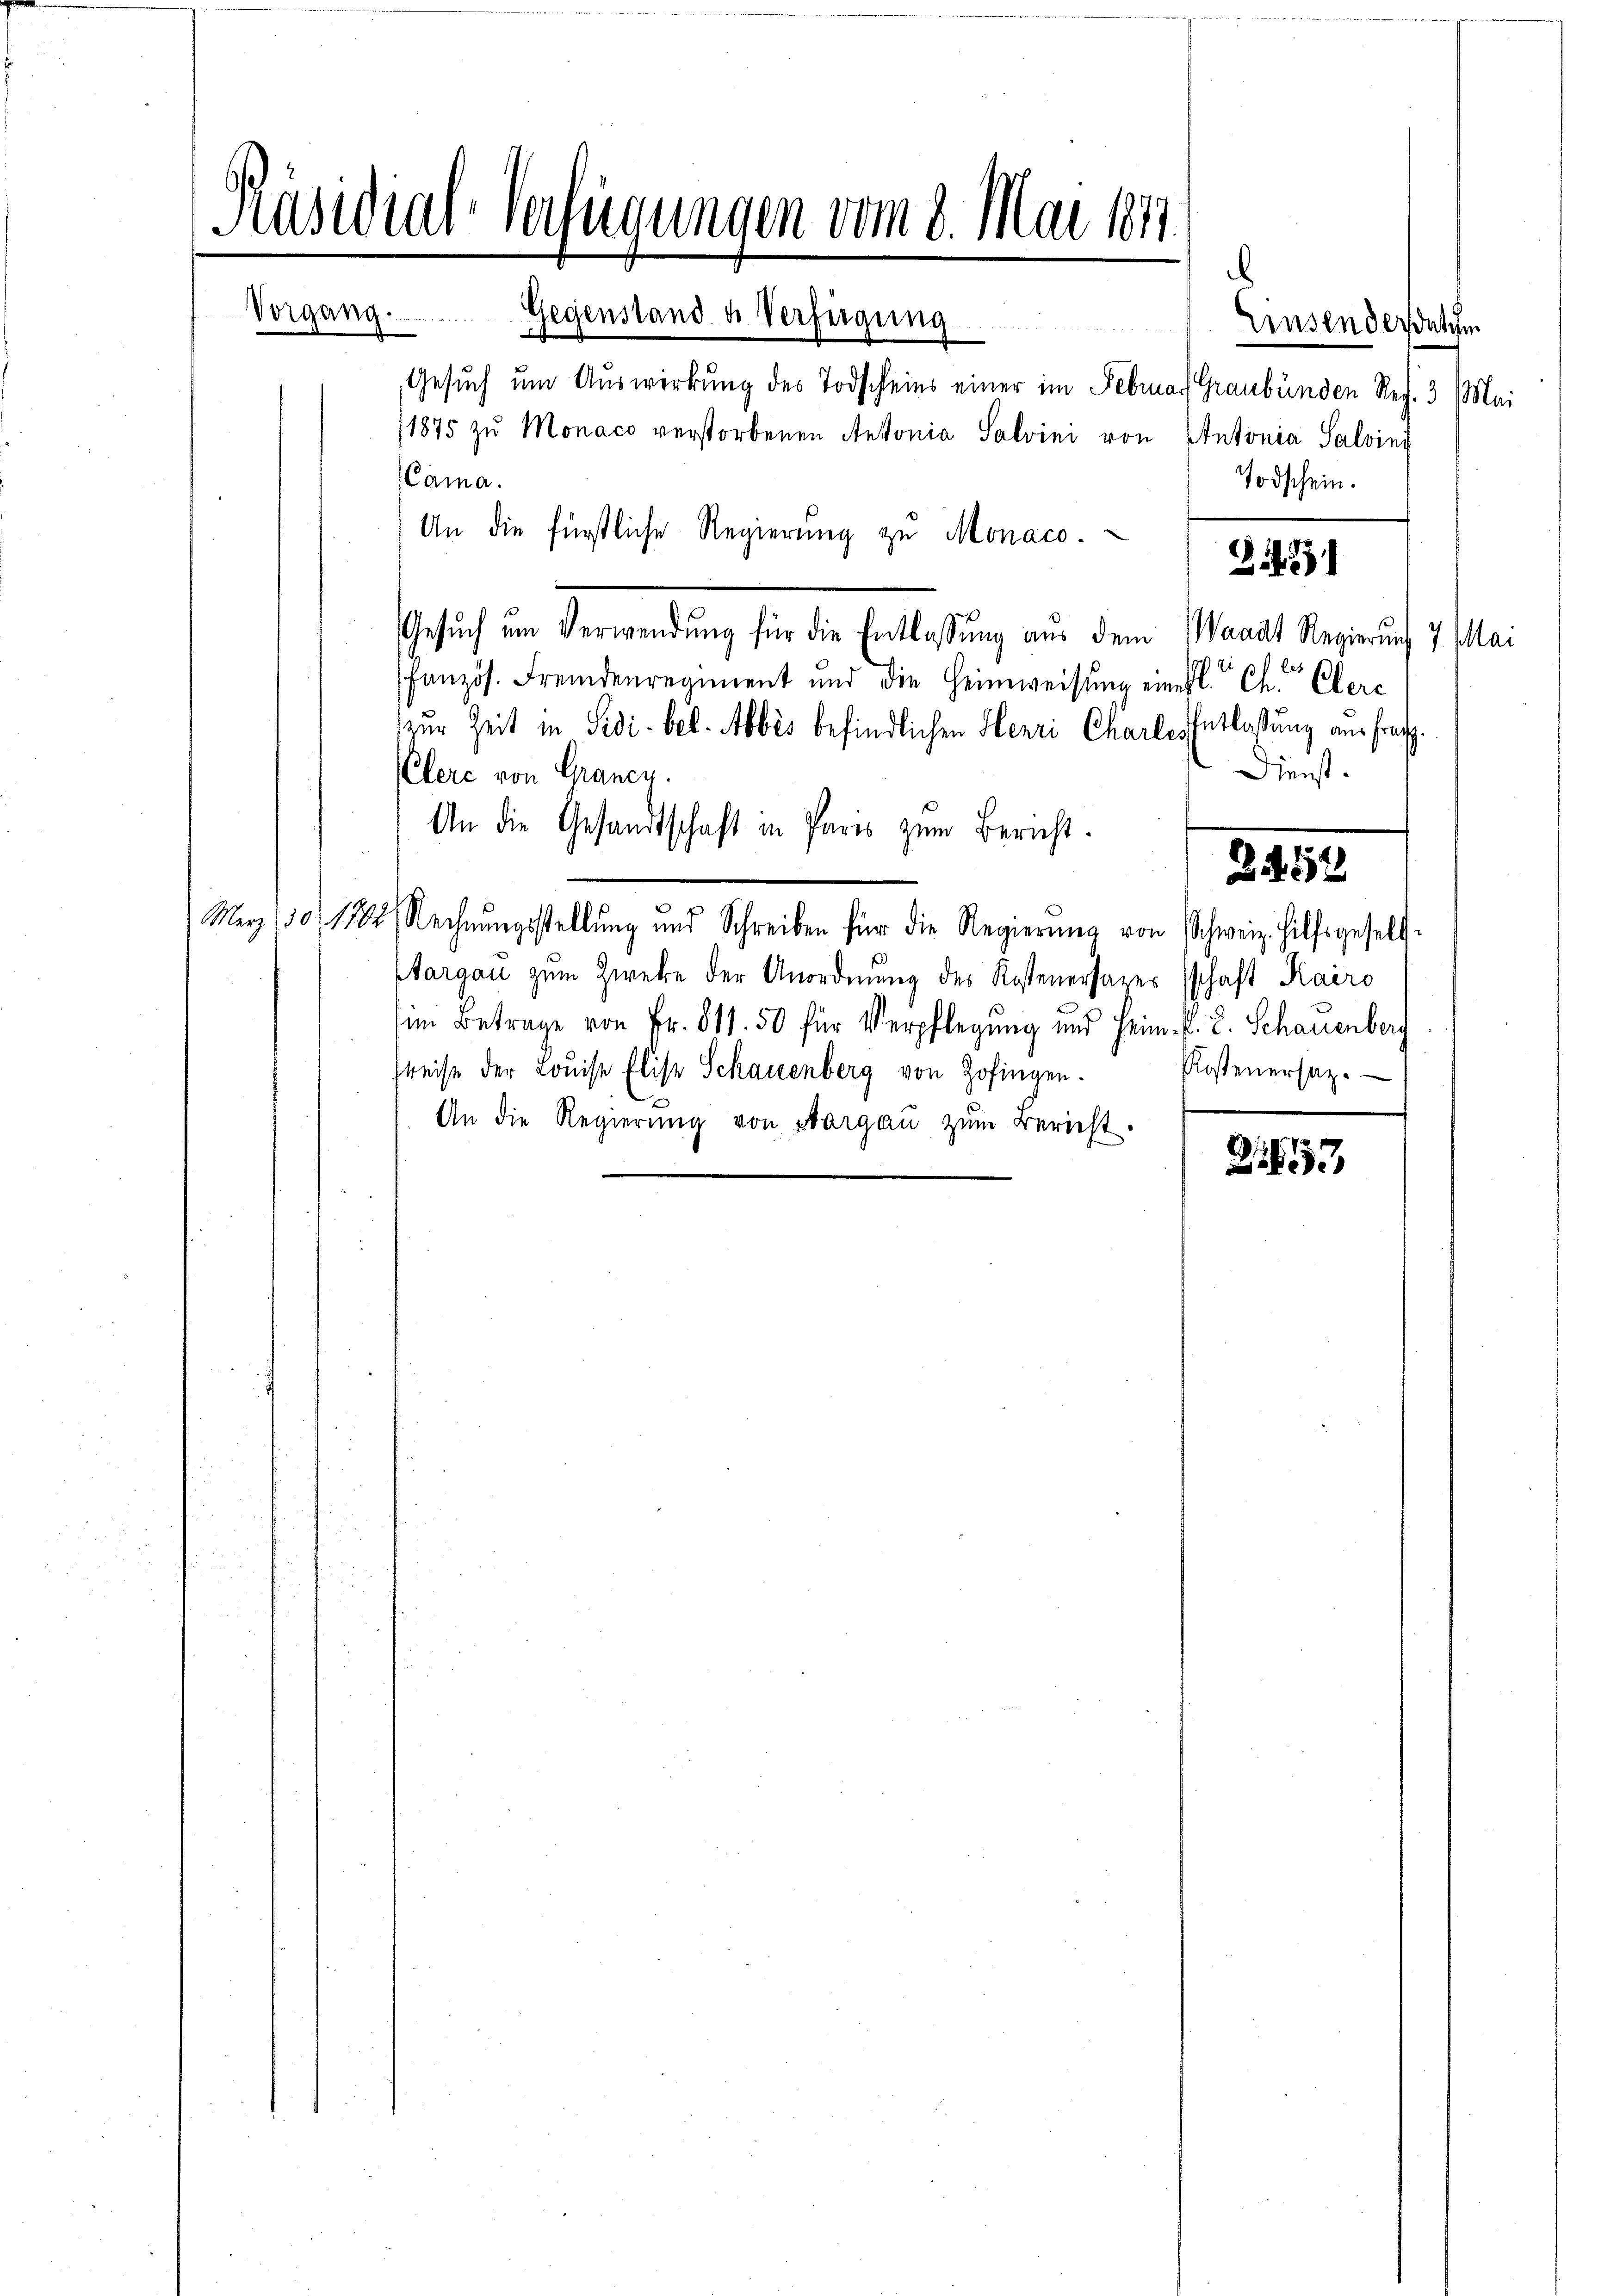
Präsidial-Verfügungen vom 8. Mai 1841

Gegenstand u. Verfügung
   B
¬
Gesŭch um Auswirkung des Todscheins einer im Februar Graubünden Ref. 3 Mai
1875 zu Monaco verstorbenen Antonia Salvini von
(Cama.
An die fürstliche Regierŭng zu Monaco.
Gesuch um Verwendung für die Entlassung aus dem
fanzös. Fremdenregiment und die Heimweisung eines l. Ch. Obers
zur Zeit in Sidi-bel. Abbes befindlichen Henri Charle Entlaßung aus frag¬
Klere von Graney.
An die Gesandtschaft in Paris zum Bericht.
März 1801 1884, Rechnungsstellung und Schreiben für die Regierŭng von Schweiz. Hilfsgesell-
Margau zum Zwecke der Anordnung des Kostenersares schaft Kairo
im Betrage von Fr. 811. 50 für Verpflegung und Heim. R. 2. Schauenberg
Preise der Louise Elise Schauenberg von Zofingen.
An die Regierŭng von Aargaŭ zŭm Bericht.

Vorgang . . . . . . .

2431

Waadt Regierung 7 Mai
Dienst.

245

3

Einsendesdatum

Antonia Salving
Todschein.

Kostenersatz.